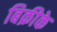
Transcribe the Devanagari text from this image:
बिक्रीके